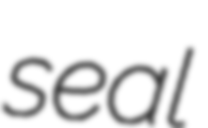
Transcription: seal